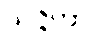
သဇ္ဇိတာ